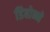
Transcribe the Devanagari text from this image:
डिबोन्ने